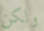
ولكن